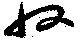
収